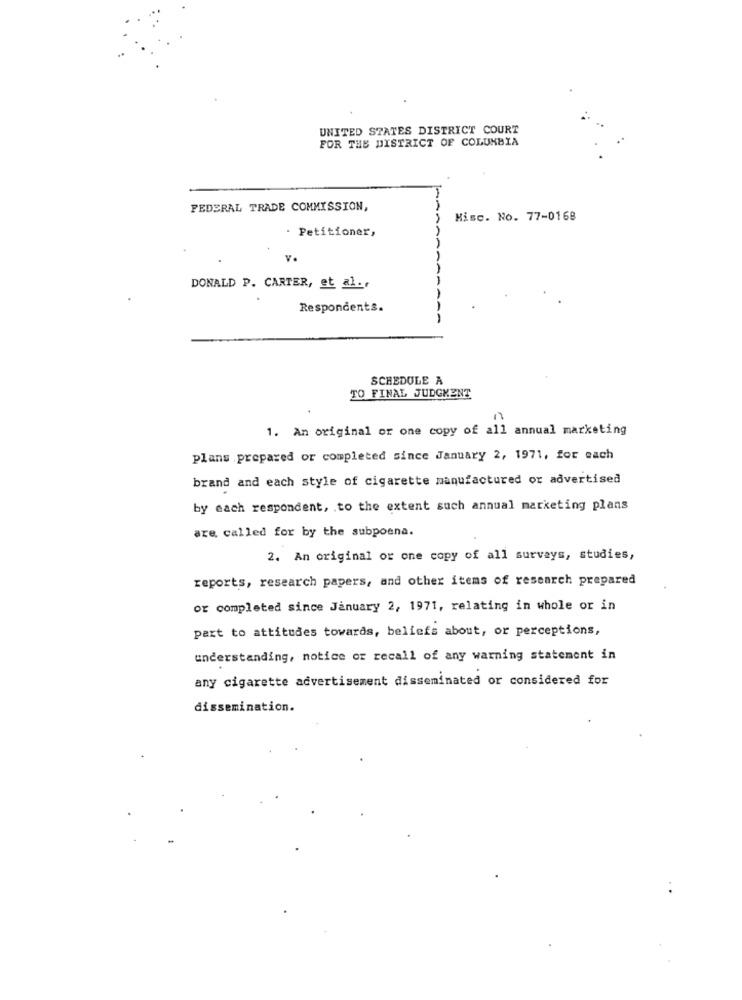
UNITED STATES DISTRICT COURT
FOR THE DISTRICT OF COLUMBIA
FEDERAL TRADE COMMISSION,
Hisc. No. 77-0168
· Petitioner,
DONALD P. CARTER, et al.
Respondents.
SCHEDULE A
TO FINAL JUDGMENT
1. An original or one copy of all annual marketing
plans prepared or completed since January 2, 1971, for each
brand and each style of cigarette manufactured or advertised
by each respondent, to the extent such annual marketing plans
are called for by the subpoena.
2. An original or one copy of all surveys, studies,
reports, research papers, and other items of research prepared
or completed since January 2, 1971, relating in whole or in
part to attitudes towards, beliefs about, or perceptions,
understanding, notice or recall of any warning statement in
any cigarette advertisement disseminated or considered for
dissemination.